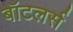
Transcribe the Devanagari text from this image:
बॉटलर्स